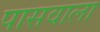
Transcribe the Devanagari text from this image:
पासवाला